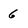
Character: 6